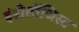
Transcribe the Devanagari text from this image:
इंडोलॉजिस्ट